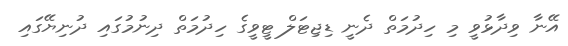
އޭނާ ވިދާޅުވީ މި ހިދުމަތް ދެނީ ޑިޖިޓަލް ޓީވީގެ ހިދުމަތް ދިނުމުގައި ދުނިޔޭގައި